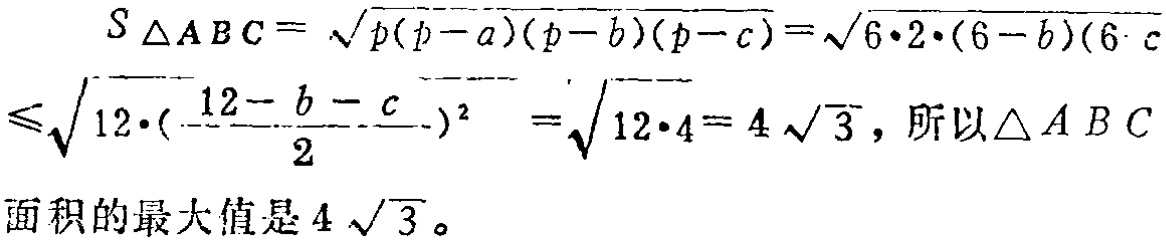
\[
\begin{align*}
S_{\triangle ABC}&=\sqrt{p(p - a)(p - b)(p - c)}=\sqrt{6\cdot2\cdot(6 - b)(6 - c)}\\
&\leqslant\sqrt{12\cdot(\frac{12 - b - c}{2})^2}=\sqrt{12\cdot4}=4\sqrt{3}
\end{align*}
\]
所以$\triangle ABC$面积的最大值是$4\sqrt{3}$。